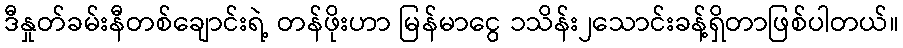
ဒီနှုတ်ခမ်းနီတစ်ချောင်းရဲ့ တန်ဖိုးဟာ မြန်မာငွေ ၁သိန်း၂သောင်းခန့်ရှိတာဖြစ်ပါတယ်။